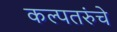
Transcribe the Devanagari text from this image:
कल्पतरुंचे